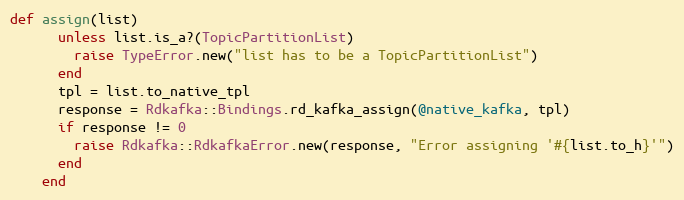
Language: Ruby
def assign(list)
      unless list.is_a?(TopicPartitionList)
        raise TypeError.new("list has to be a TopicPartitionList")
      end
      tpl = list.to_native_tpl
      response = Rdkafka::Bindings.rd_kafka_assign(@native_kafka, tpl)
      if response != 0
        raise Rdkafka::RdkafkaError.new(response, "Error assigning '#{list.to_h}'")
      end
    end